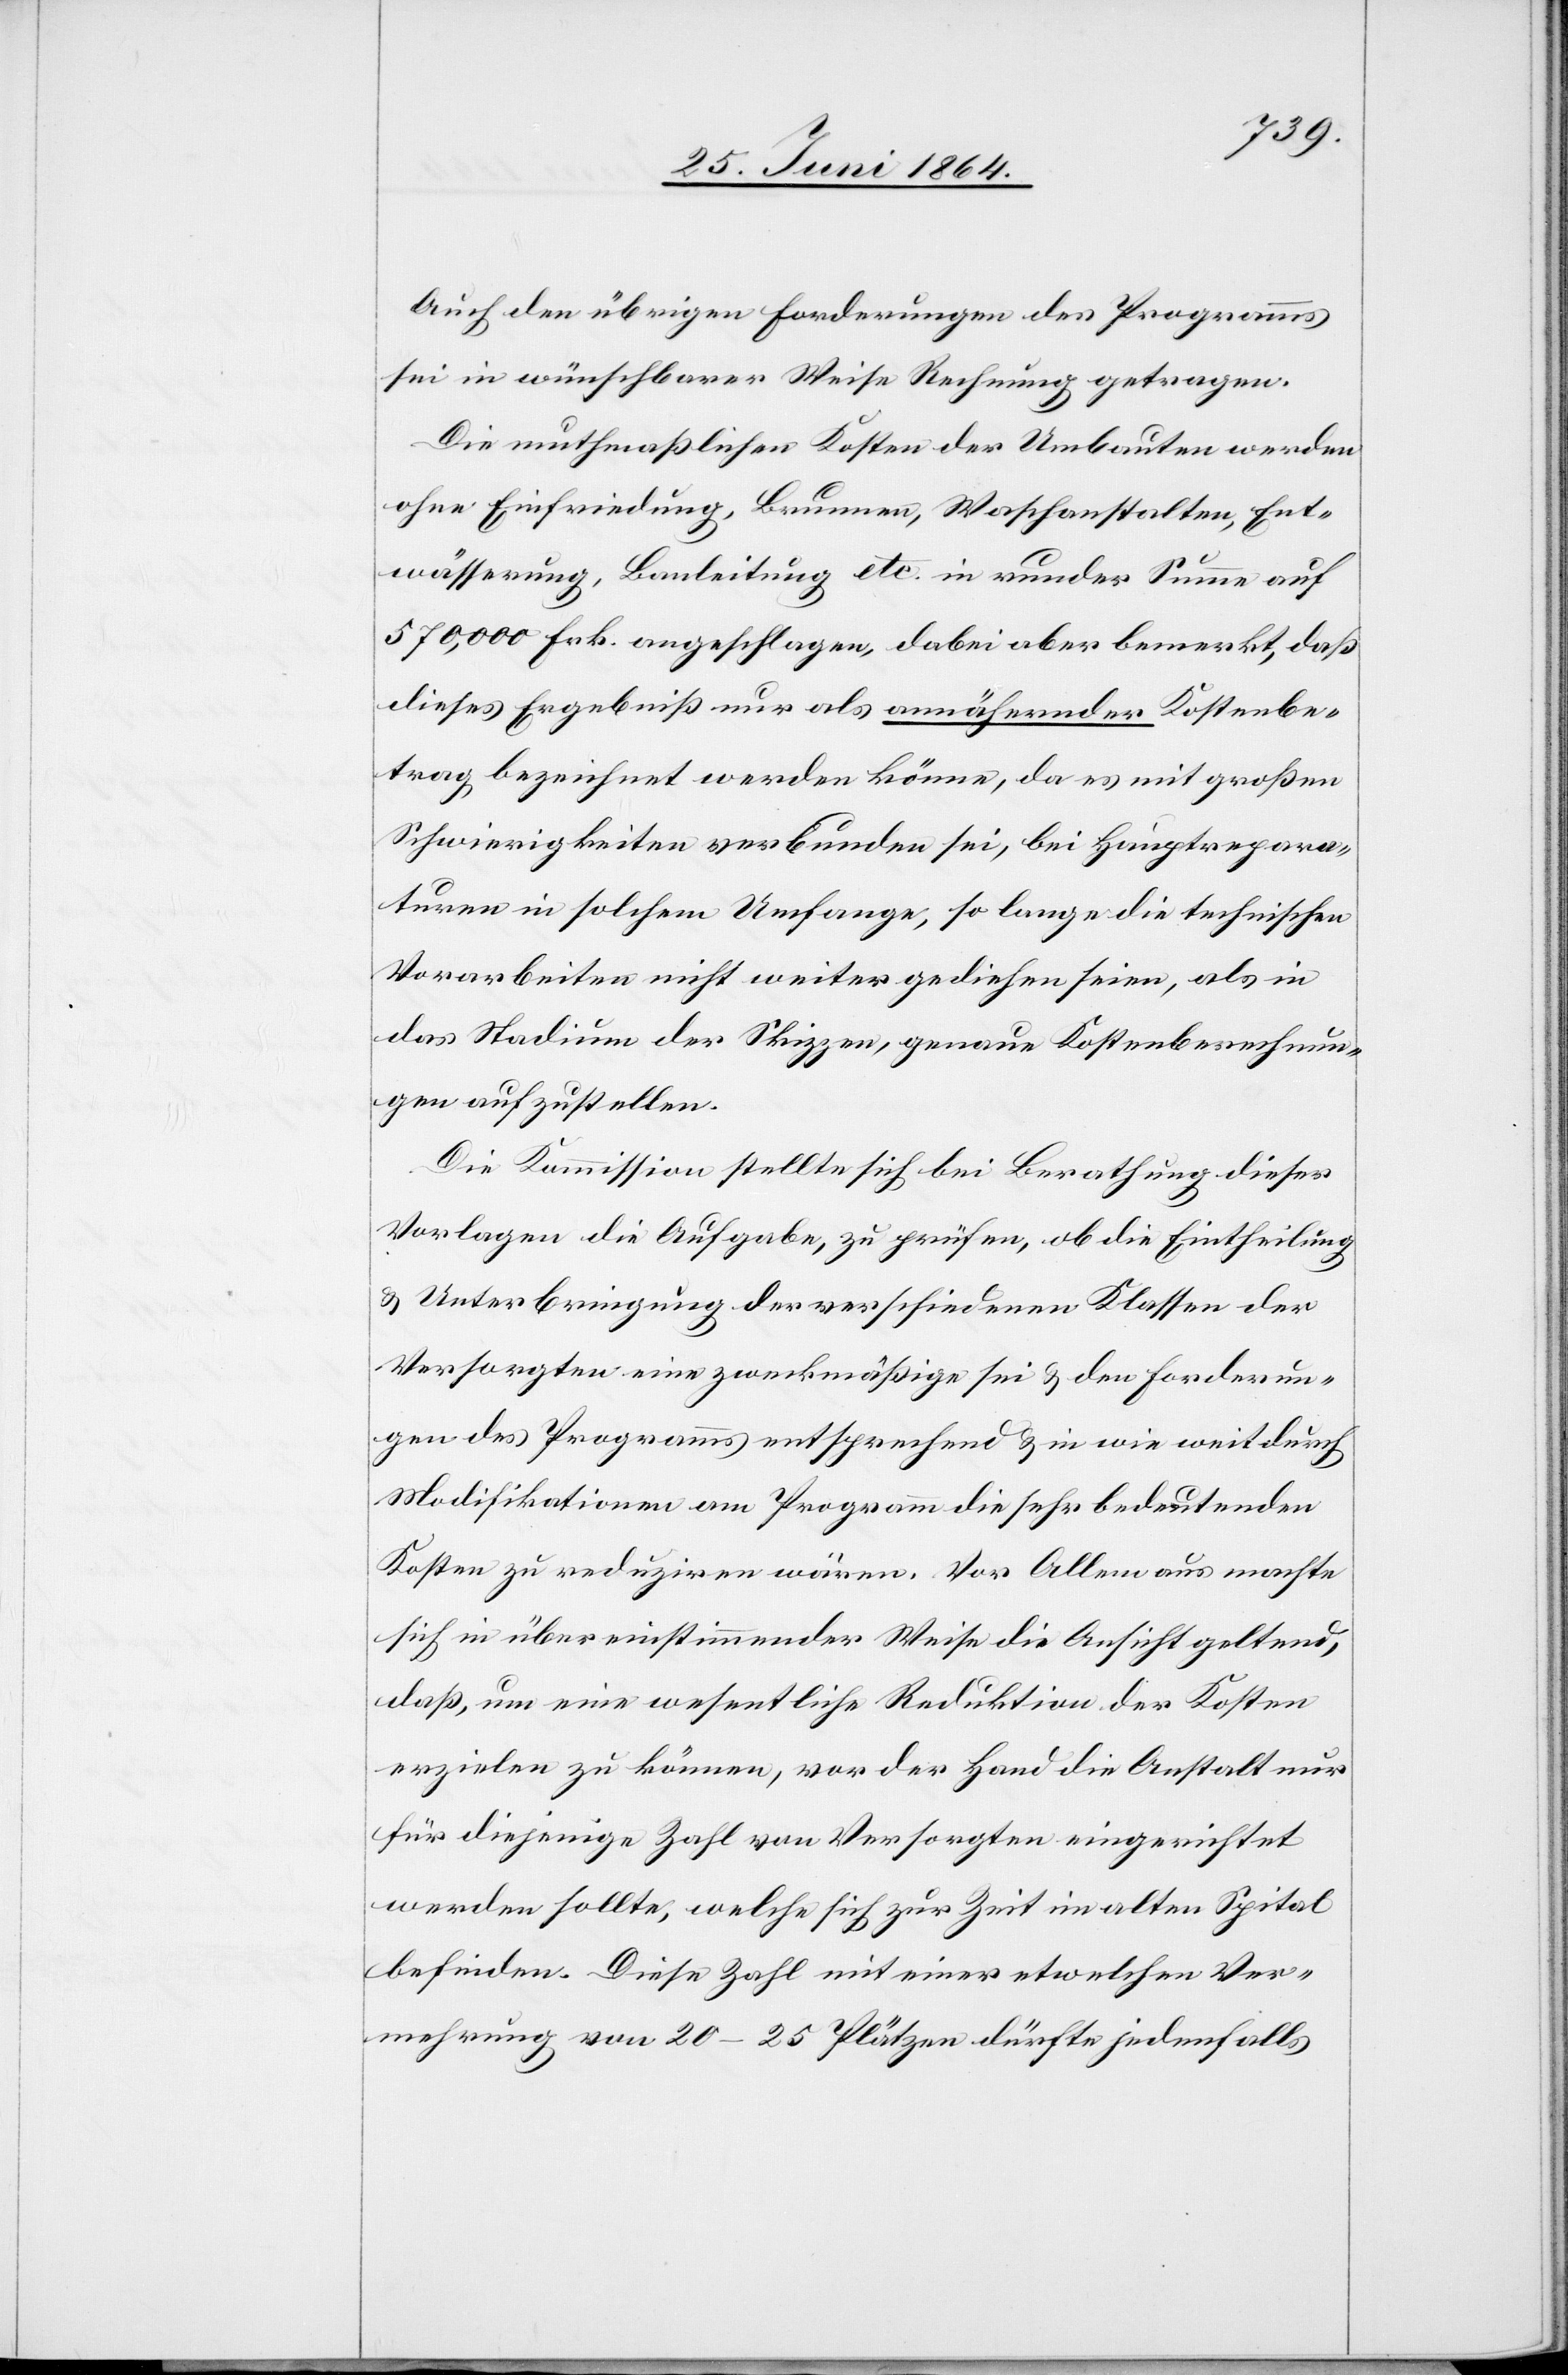
Auch den übrigen Forderungen des Programms
sei in wünschbarer Weise Rechnung getragen.
Die muthmaßlichen Kosten der Umbauten werden
ohne Einfriedung, Blumen, Waschanstalten, Ent¬
wässerung, Bauleitung etc. in runder Summe auf
570,000 Frk. angeschlagen, dabei aber bemerkt, daß
dieses Ergebniß nur als annähernder Kostenbe¬
trag bezeichnet werden könne, da es mit großen
Schwierigkeiten verbunden sei, bei Hauptrepara¬
turen in solchem Umfange, so lange die technischen
Vorarbeiten nicht weiter gediehen seien, als in
das Stadium der Skizzen, genaue Kostenberechnun¬
gen aufzustellen.
Die Kommission stellte sich bei Berathung dieser
Vorlagen die Aufgabe, zu prüfen, ob die Eintheilung
u. Unterbringung der verschiedenen Klassen der
Versorgten eine zweckmäßige sei u. den Forderun¬
gen des Programms entsprechend u. in wie weit durch
Modifikationen am Programm die sehr bedeutenden
Kosten zu reduziren wären. Vor Allem aus machte
sich in übereinstimmender Weise die Ansicht geltend,
daß, um eine wesentliche Reduktion der Kosten
erzielen zu können, vor der Hand die Anstalt nur
für diejenige Zahl von Versorgten eingerichtet
werden sollte, welche sich zur Zeit im alten Spital
befinden. Diese Zahl mit einer etwelchen Ver¬
mehrung von 20–25 Plätzen dürfte jedenfalls